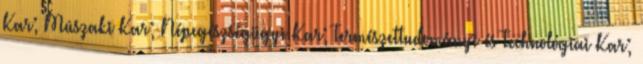
Kar; Mûszaki Kar; Népegészségügyi Kar; Természettudományi és Technológiai Kar;